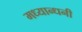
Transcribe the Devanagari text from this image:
मध्यान्धनी